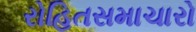
રોહિતસમાચારો